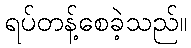
ရပ်တန့်စေခဲ့သည်။